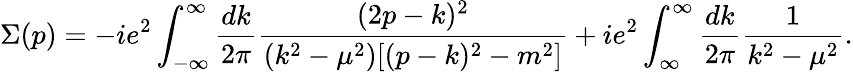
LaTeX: \Sigma(p)=-ie^{2}\int_{-\infty}^{\infty}\frac{dk}{2\pi}\frac{(2p-k)^{2}}{(k^{2}-\mu^{2})[(p-k)^{2}-m^{2}]}+ie^{2}\int_{\infty}^{\infty}\frac{dk}{2\pi}\frac{1}{k^{2}-\mu^{2}}.